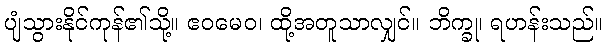
ပျံသွားနိုင်ကုန်၏သို့။ ဧဝမေဝ၊ ထို့အတူသာလျှင်။ ဘိက္ခု၊ ရဟန်းသည်။